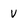
Character: v